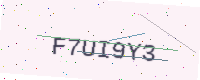
Text: F7UI9Y3